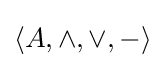
\langle A,\wedge ,\vee ,-\rangle